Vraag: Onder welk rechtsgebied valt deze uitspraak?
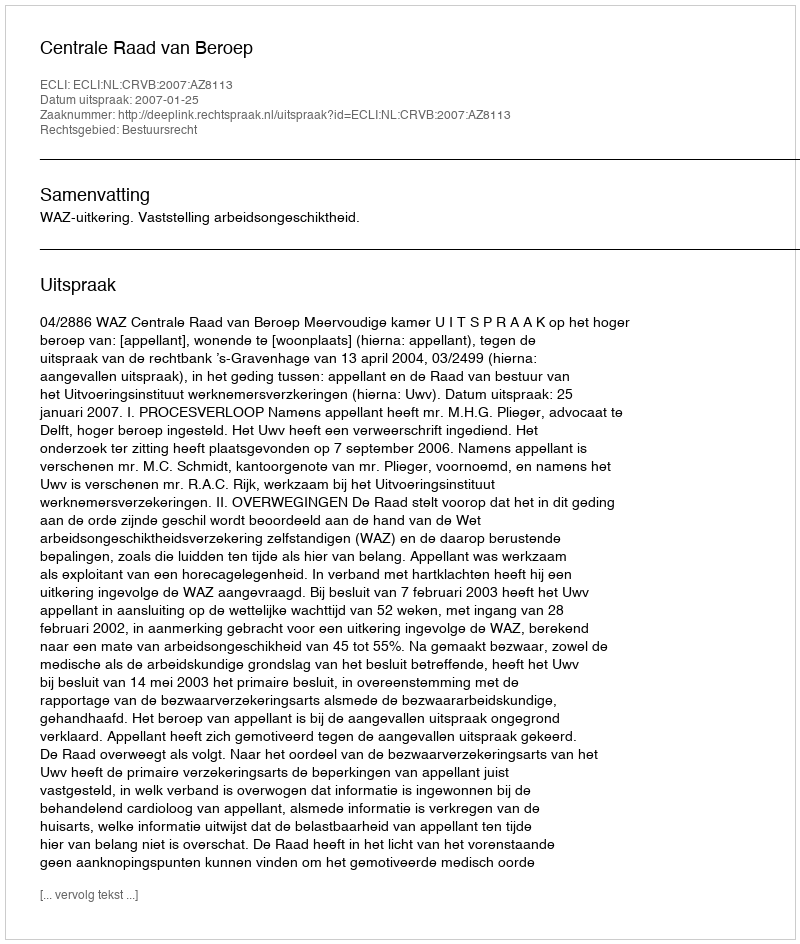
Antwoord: Bestuursrecht